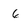
Character: 6